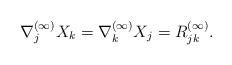
LaTeX: \begin{align*}\nabla^{(\infty)}_j X_k=\nabla^{(\infty)}_k X_j=R^{(\infty)}_{jk}.\end{align*}